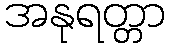
အနုရတ္တာ